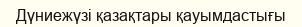
Дүниежүзі қазақтары қауымдастығы